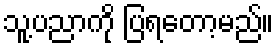
သူ့ပညာကို ပြရတော့မည်။